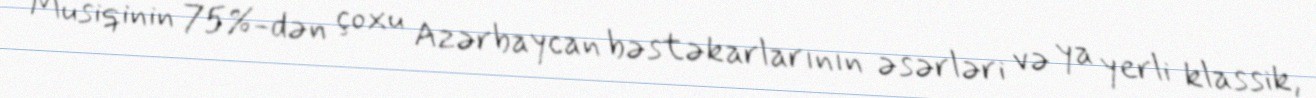
Musiqinin 75%-dən çoxu Azərbaycan bəstəkarlarının əsərləri və ya yerli klassik,